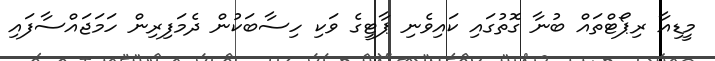
މީޑިއާ ރިޕޯޓްތައް ބުނާ ގޮތުގައި ކައިވެނި ޕާޓީގެ ވަކި ހިސާބަކުން ދެމަފިރިން ހަމަޖައްސާފައި